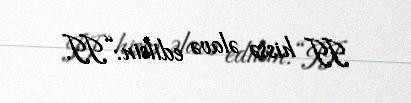
II hissə əlavə edilsin:“II.